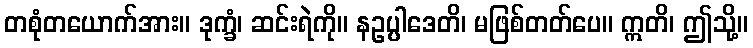
တစုံတယောက်အား။ ဒုက္ခံ၊ ဆင်းရဲကို။ နဥပ္ပါဒေတိ၊ မဖြစ်တတ်ပေ။ ဣတိ၊ ဤသို့။